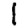
Digit: 1